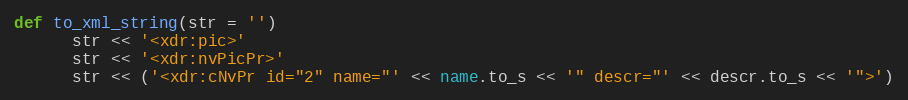
Language: Ruby
def to_xml_string(str = '')
      str << '<xdr:pic>'
      str << '<xdr:nvPicPr>'
      str << ('<xdr:cNvPr id="2" name="' << name.to_s << '" descr="' << descr.to_s << '">')